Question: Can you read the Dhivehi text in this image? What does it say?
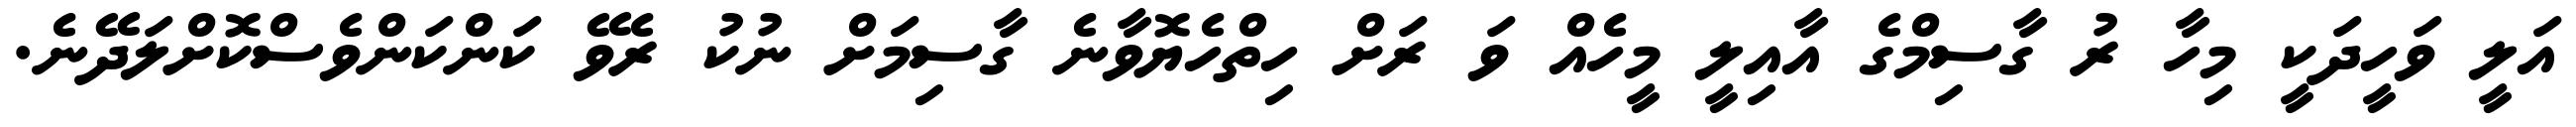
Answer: އަލީ ވަހީދަކީ މިހާ ރު ގާސިމްގެ އާއިލީ މީހެއް ވަ ރަށް ހިތްހެޔޮވާނެ ގާސިމަށް ނުކު ރެވޭ ކަންކަންވެސްކޮށްލަދޭނެ.